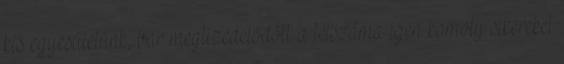
kis egyesületünk, bár megtizedelődött a létszáma igen komoly sikereket